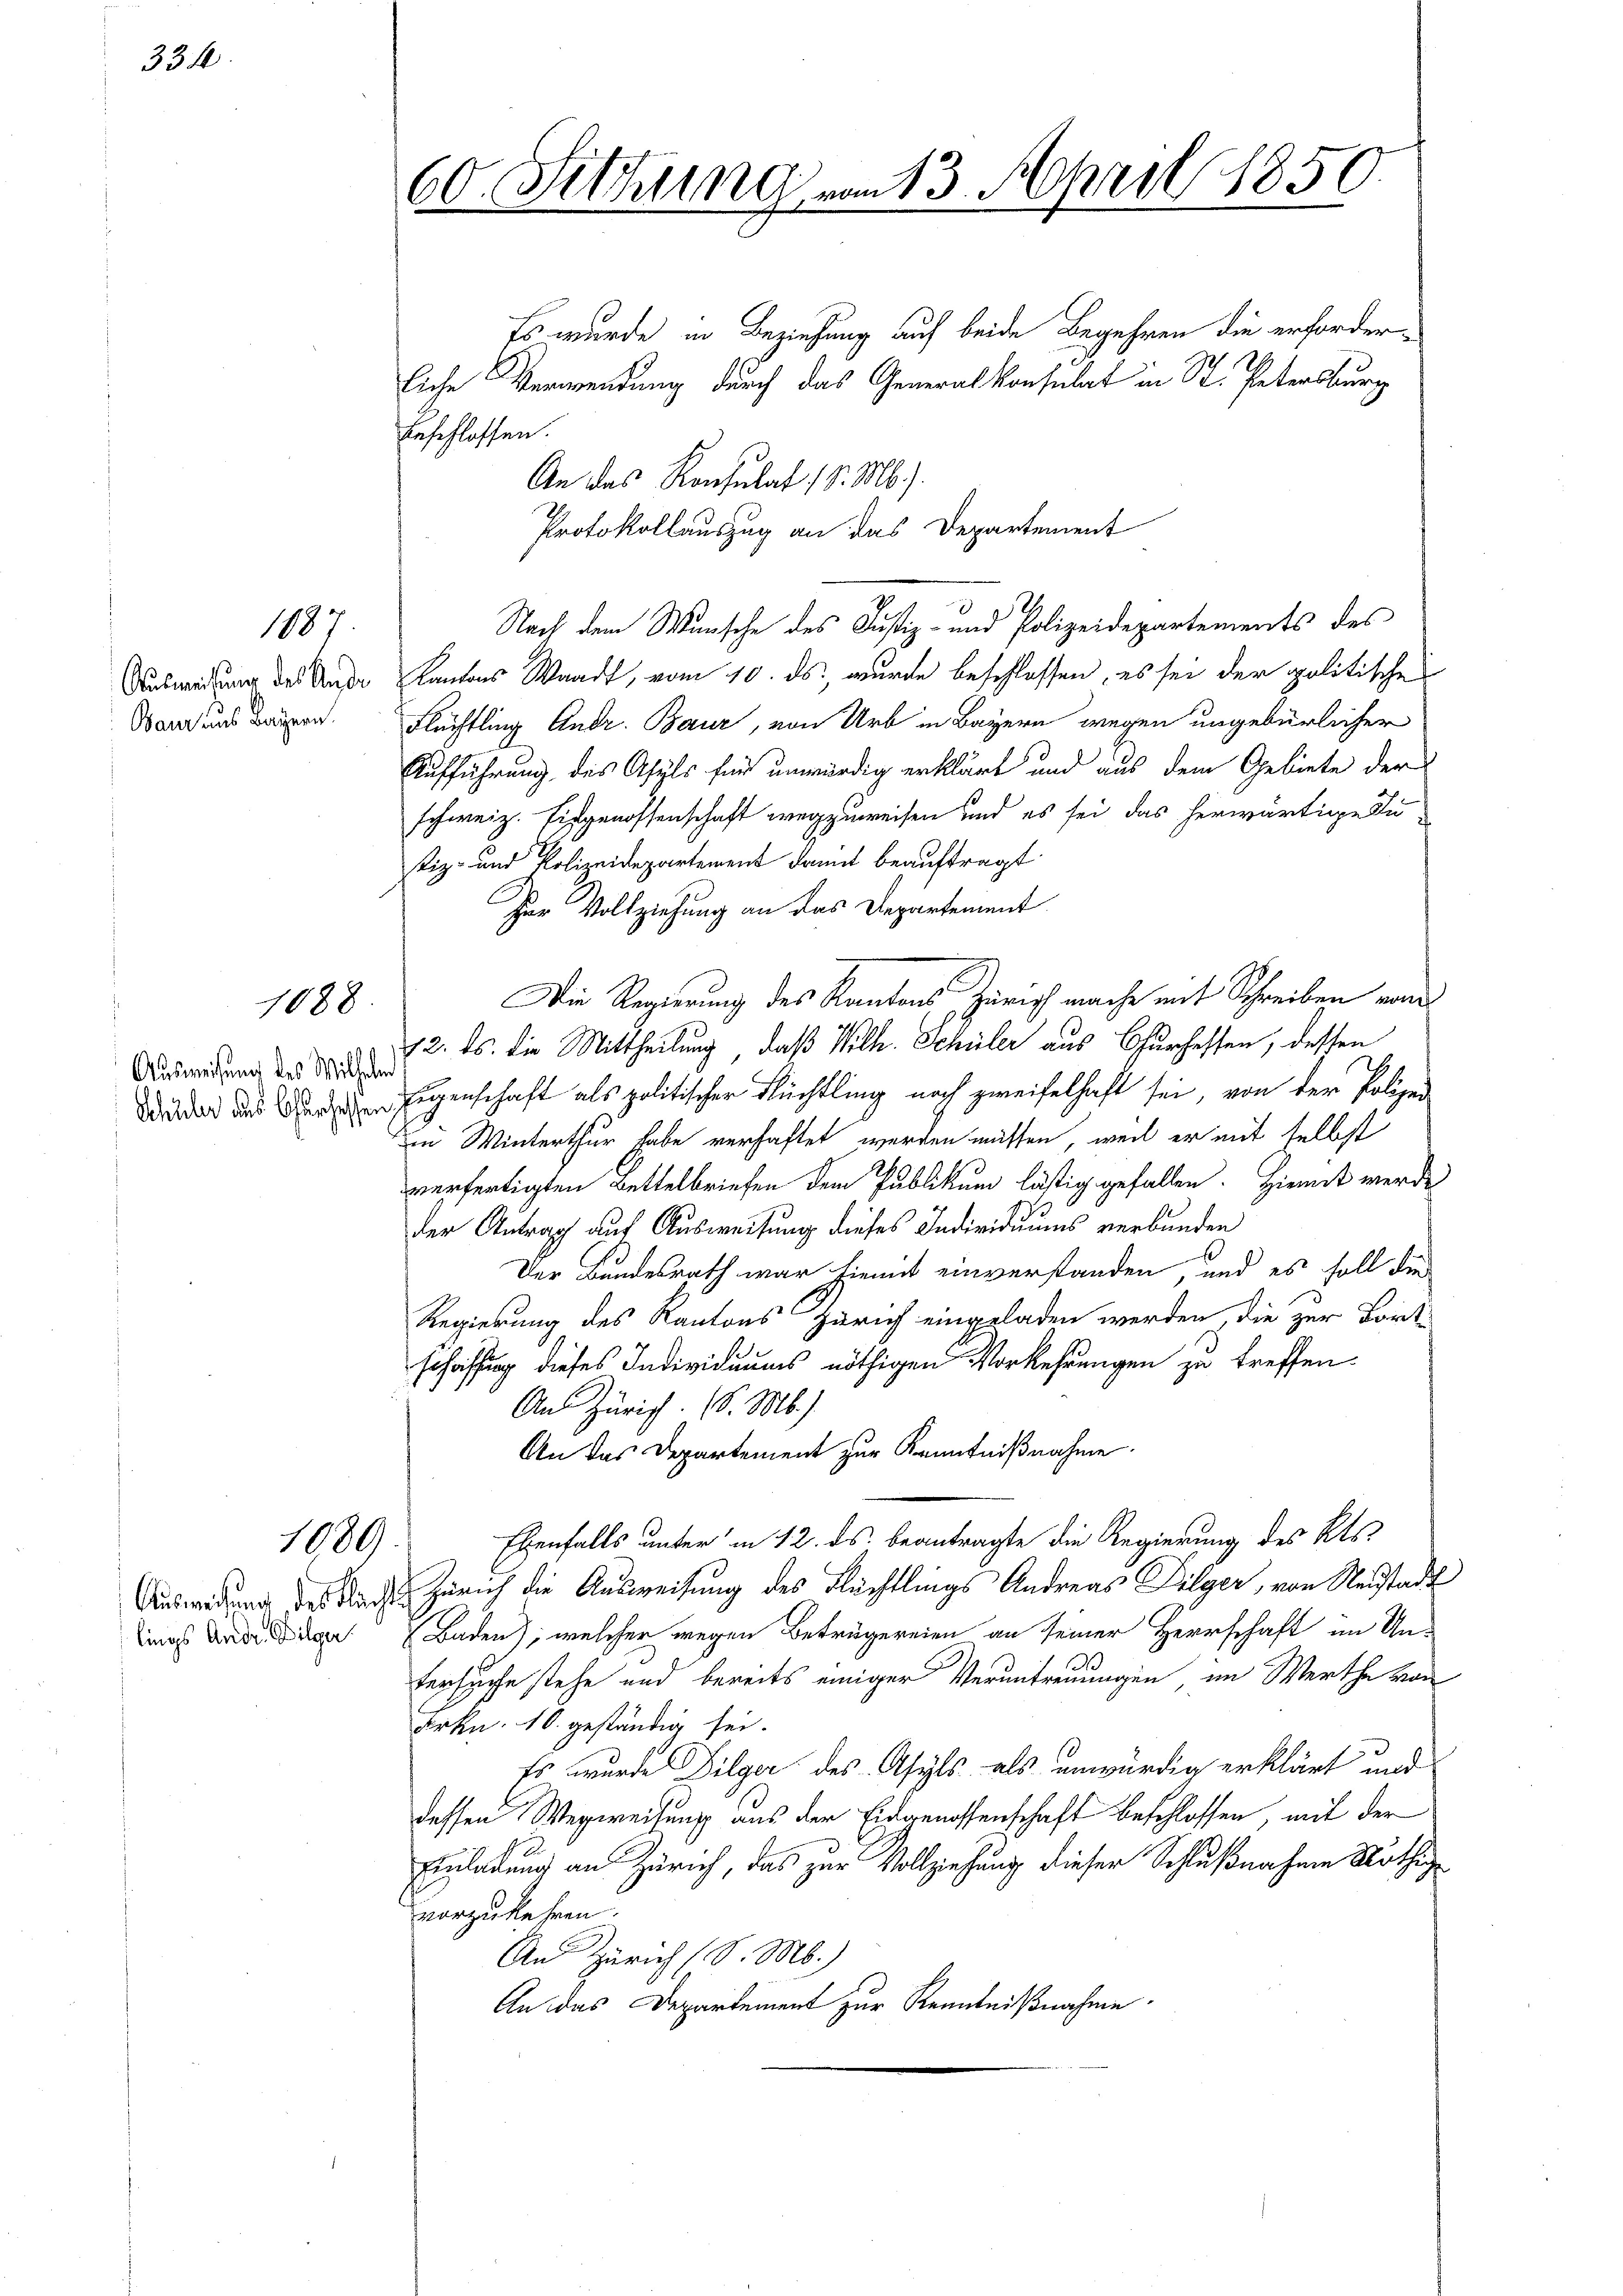
334.

1897

Baur aus Bayern.

1088

Ausweisung des Wilhelm

1089

lings Andr. Bilger

60. Sitzung vom 13. April 1850.

Es wurde in Beziehung auf beide Begehren die erforderliche Verwendung durch das Generalkonsulat in St. Petersburg
Beschlossen.
An das Konsulat 1 S. M.).
Protokollauszug an das Departement
Nach dem Wunsche des Justiz- und Polizeidepartements des
Ausweisung des Ander Kantons Waadt, vom 10. ds., wurde beschlossen, es sei der politische
Flüchtling Andr. Baur, von Urb in Bayern wegen ungebürlicher
Aufführung des Asyls für unwürdig erklärt und aus dem Gebiete der
schweiz. Eidgenossenschaft wegzuweisen und es sei das herwärtige Zutiz- und Polizeidepartement damit beauftragt
Der Vollziehung an das Departement
Die Regierung des Kantons Zürich mache mit Schreiben vom
72. ds. die Mittheilung, daß Wilh. Schüler aus Churhessen, dessen
Wider und deren Eigenschaft als politischer Flüchtling noch zweifelhaft sei, von der Polizei
in Winterthur habe verhaftet werden müssen, weil er mit selbst
verfertigten Bettelbriefen dem Publikum lästig gefallen. Hiemit werde
der Antrag auf Ausweisung dieses Individuums verbunden
Der Bundesrath war hiemit einverstanden, und es soll die
Regierung des Kantons Zürich eingeladen werden, die zur Bort-
schaffung dieses Individuums nöthigen Vorkehrungen zu treffen.
An Zürich. (S. M.)
An das Departement zur Kenntnißnahme.
Ebenfalls unter in 12. ds. beantragte die Regierung des Kts.
Auswedung des Nacht Zürich die Ausweisung des Flüchtlings Andreas Tilger, von Neustadt
Baden), welcher wegen Beträgereien an seiner Herrschaft im Untersuche stehe und bereits einiger Veruntreuungen, im Werthe von
Frkn. 10. geständig sei.
Es wurde Dilger des Asyls als unwürdig erklärt und
dessen Wegweisung aus der Eingenossenschaft beschlossen, mit der
Einladung an Zürich, das zur Vollziehung dieser Schlußnahme Nöthig
vorzukehren.
An Zürich (S. M.)
An das Departement zur Kenntnißnahme.